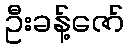
ဦးခန့်ဇော်